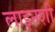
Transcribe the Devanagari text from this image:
लाइनशी